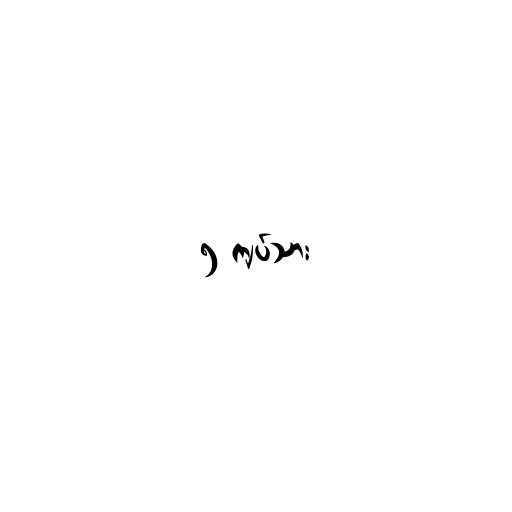
၅ ကျပ်သား